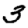
Digit: 3